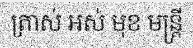
ត្រាស់ អស់ មុខ មន្ត្រី